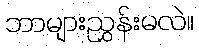
ဘာများညွှန်းမလဲ။